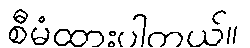
စီမံထားပါတယ်။